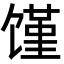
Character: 馑